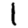
Digit: 1